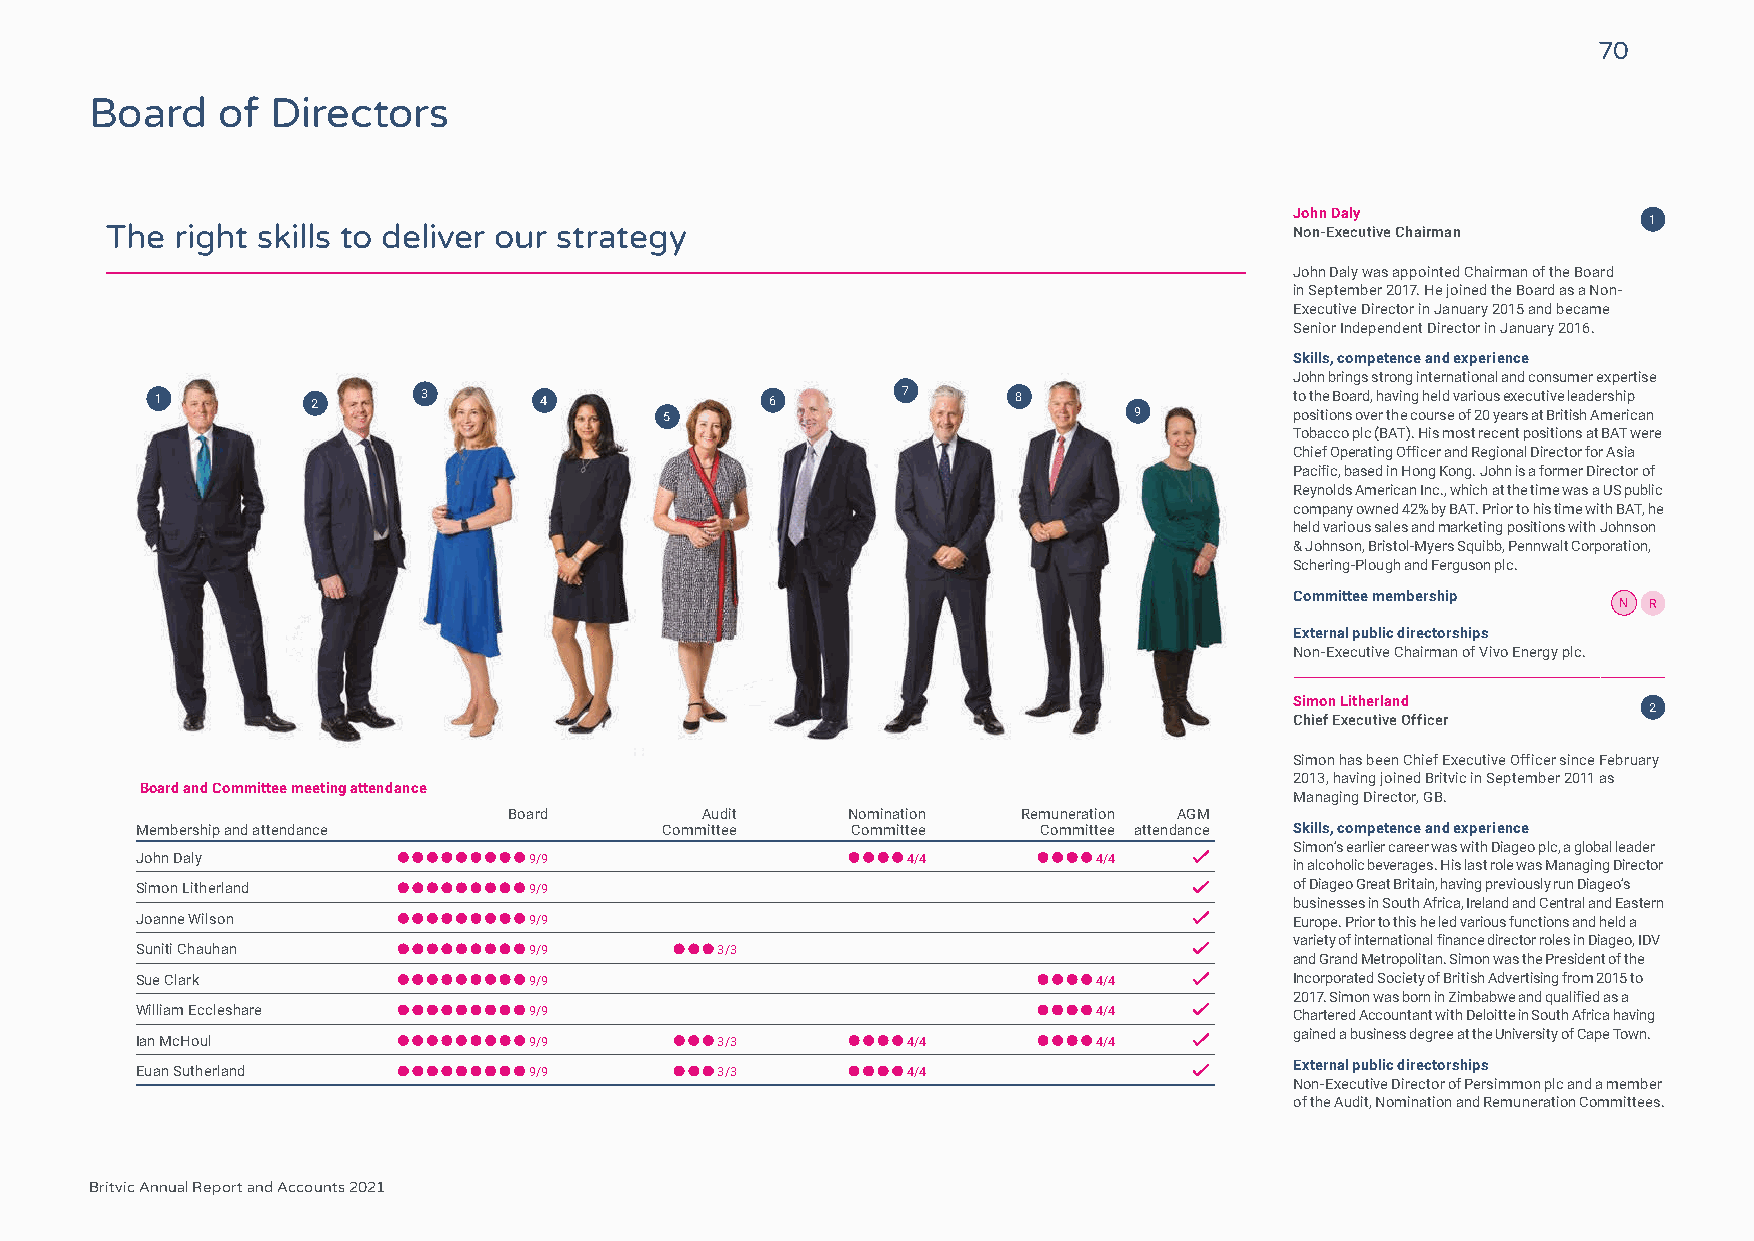
70
 Board   of  Directors
 John Daly
 1
 The  right skills to deliver our strategy                                      Non-Executive Chairman
 John Daly was appointed Chairman of the Board
 in September 2017. He joined the Board as a Non-
 Executive Director in January 2015 and became
 Senior Independent Director in January 2016.
 Skills, competence and experience
 John brings strong international and consumer expertise
 1          2      3       4              6        7      8                  to the Board, having held various executive leadership
 5                              9          positions over the course of 20 years at British American
 Tobacco plc (BAT). His most recent positions at BAT were
 Chief Operating Officer and Regional Director for Asia
 Pacific, based in Hong Kong. John is a former Director of
 Reynolds American Inc., which at the time was a US public
 company owned 42% by BAT. Prior to his time with BAT, he
 held various sales and marketing positions with Johnson
 & Johnson, Bristol-Myers Squibb, Pennwalt Corporation,
 Schering-Plough and Ferguson plc.
 Committee membership
 N R
 External public directorships
 Non-Executive Chairman of Vivo Energy plc.
 Simon Litherland
 2
 Chief Executive Officer
 Simon has been Chief Executive Officer since February
 2013, having joined Britvic in September 2011 as
 Board and Committee meeting attendance
 Managing Director, GB.
 Board       Audit     Nomination  Remuneration AGM
 Membership and attendance          Committee   Committee    Committee attendance Skills, competence and experience
 Simon’s earlier career was with Diageo plc, a global leader
 John Daly                 9/9                      4/4          4/4          in alcoholic beverages. His last role was Managing Director
 Simon Litherland          9/9                                                of Diageo Great Britain, having previously run Diageo’s
 businesses in South Africa, Ireland and Central and Eastern
 Joanne Wilson             9/9                                                Europe. Prior to this he led various functions and held a
 variety of international finance director roles in Diageo, IDV
 Suniti Chauhan            9/9         3/3
 and Grand Metropolitan. Simon was the President of the
 Sue Clark                 9/9                                   4/4          Incorporated Society of British Advertising from 2015 to
 2017. Simon was born in Zimbabwe and qualified as a
 William Eccleshare        9/9                                   4/4          Chartered Accountant with Deloitte in South Africa having
 gained a business degree at the University of Cape Town.
 Ian McHoul                9/9         3/3          4/4          4/4
 External public directorships
 Euan Sutherland           9/9         3/3          4/4
 Non-Executive Director of Persimmon plc and a member
 of the Audit, Nomination and Remuneration Committees.
 Britvic Annual Report and Accounts 2021